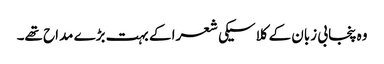
وہ پنجابی زبان کے کلاسیکی شعرا کے بہت بڑے مداح تھے۔